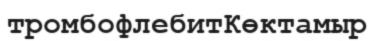
тромбофлебитКөктамыр